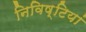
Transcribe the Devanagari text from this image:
निविष्टियां